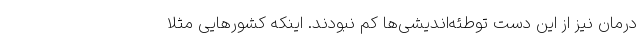
درمان نیز از این دست توطئه‌اندیشی‌ها کم نبودند. اینکه کشورهایی مثلاً